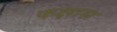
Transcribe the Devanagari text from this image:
कक्षास